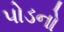
પોડનો